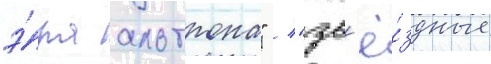
э́ра альтрона" / "зв'ё́здные